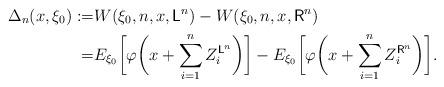
LaTeX: \begin{align*}\Delta_n(x,\xi_0):=&W(\xi_0,n,x,\mathsf{L}^n)-W(\xi_0,n,x,\mathsf{R}^n)\\=&E_{\xi_0}\biggl[\varphi\biggl(x+\sum_{i=1}^{n} Z_i^{\mathsf{L}^n}\biggr)\biggr] - E_{\xi_0}\biggl[\varphi\biggl(x+\sum_{i=1}^{n} Z_i^{\mathsf{R}^n}\biggr)\biggr].\end{align*}